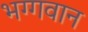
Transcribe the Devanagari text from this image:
भग्गवान